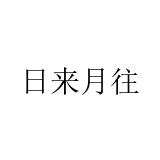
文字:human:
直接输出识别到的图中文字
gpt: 日来月往